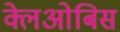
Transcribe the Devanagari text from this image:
क्लेओबिस